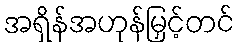
အရှိန်အဟုန်မြှင့်တင်